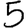
Digit: 5